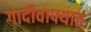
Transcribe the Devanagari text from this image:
गादीवाफ्यात